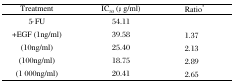
<table><thead><tr><td><b>Treatment</b></td><td><b>IC<sub>50</sub> (μg/ml)</b></td><td><b>Ratio*</b></td></tr></thead><tbody><tr><td>5-FU</td><td>54.11</td><td></td></tr><tr><td>+EGF (1ng/ml)</td><td>39.58</td><td>1.37</td></tr><tr><td>(10ng/ml)</td><td>25.40</td><td>2.13</td></tr><tr><td>(100ng/ml)</td><td>18.75</td><td>2.89</td></tr><tr><td>(1 000ng/ml)</td><td>20.41</td><td>2.65</td></tr></tbody></table>